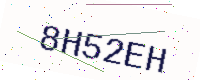
Text: 8H52EH